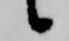
候